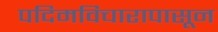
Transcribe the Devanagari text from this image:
पदिमविचारापासून